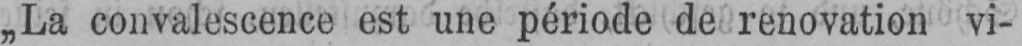
„La convalescence est une période de renovation vi-